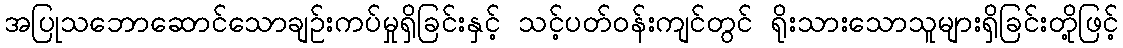
အပြုသဘောဆောင်သောချဉ်းကပ်မှုရှိခြင်းနှင့် သင့်ပတ်ဝန်းကျင်တွင် ရိုးသားသောသူများရှိခြင်းတို့ဖြင့်